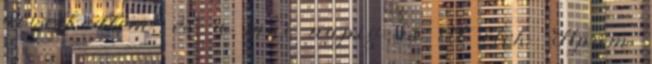
nevelkedtem, és a mai napig is itt élek. Apám